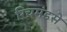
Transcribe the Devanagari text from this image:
रिचमंडसे